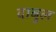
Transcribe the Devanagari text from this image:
दाबुल